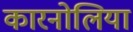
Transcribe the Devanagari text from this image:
कारनोलिया